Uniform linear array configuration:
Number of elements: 16
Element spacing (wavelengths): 0.25
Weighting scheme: blackman
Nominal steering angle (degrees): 45
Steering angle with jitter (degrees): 45.141
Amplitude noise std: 0.05
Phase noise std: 0.05

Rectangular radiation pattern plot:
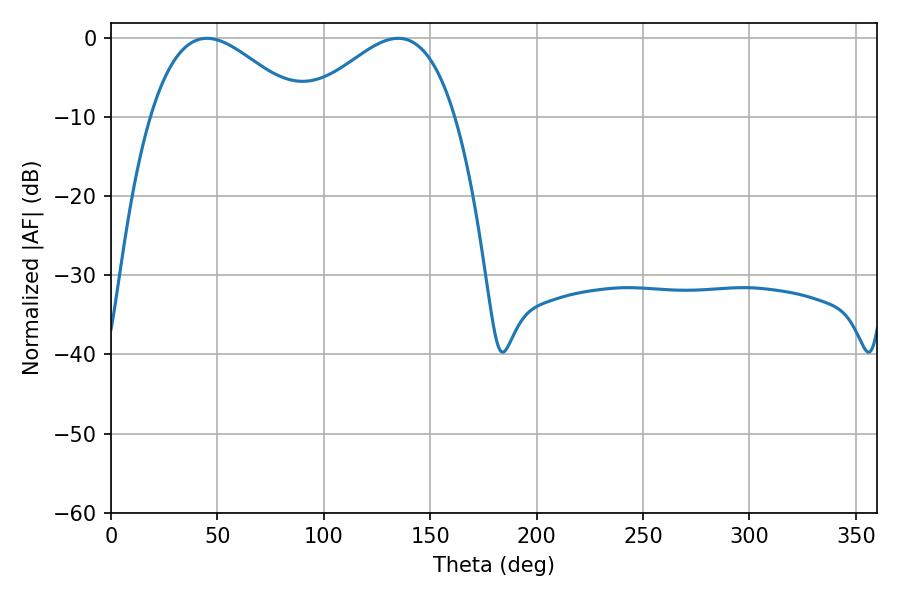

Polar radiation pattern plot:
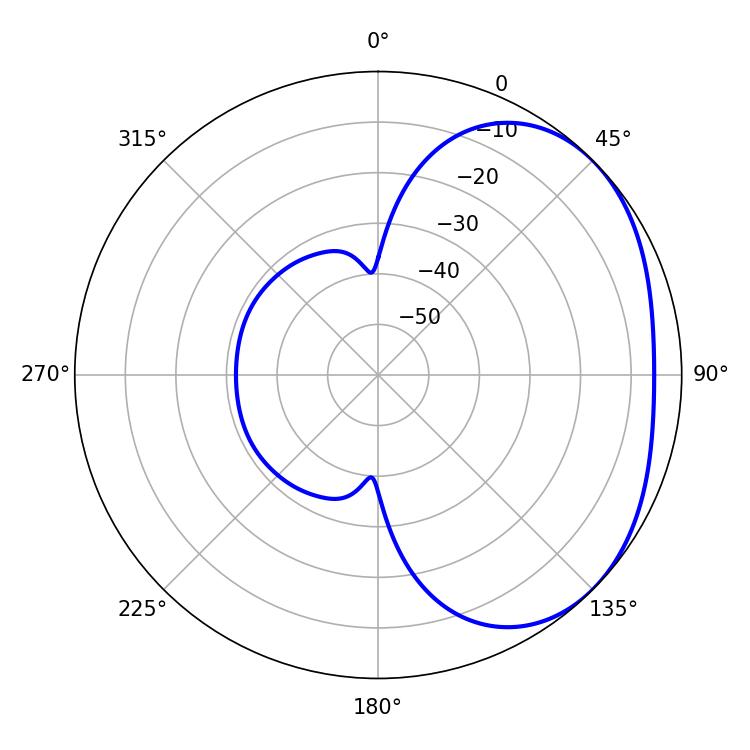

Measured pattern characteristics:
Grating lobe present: FALSE
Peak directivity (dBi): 2.595
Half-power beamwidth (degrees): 38.52
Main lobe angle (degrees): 45